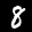
Label: 8